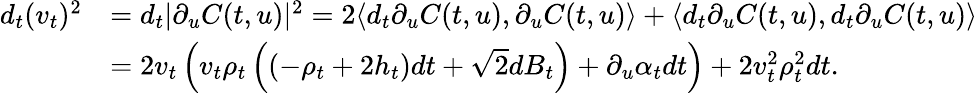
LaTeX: \begin{array}{rl}{d_{t}(v_{t})^{2}}&{=d_{t}\vert\partial_{u}C(t,u)\vert^{2}=2\langle d_{t}\partial_{u}C(t,u),\partial_{u}C(t,u)\rangle+\langle d_{t}\partial_{u}C(t,u),d_{t}\partial_{u}C(t,u)\rangle}\\ &{=2v_{t}\left(v_{t}\rho_{t}\left((-\rho_{t}+2h_{t})dt+\sqrt{2}dB_{t}\right)+\partial_{u}\alpha_{t}dt\right)+2v_{t}^{2}\rho_{t}^{2}dt.}\end{array}